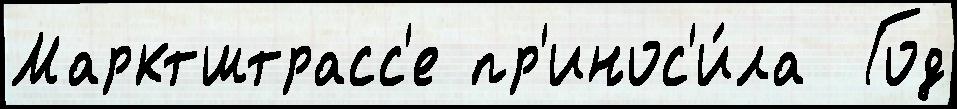
Марктштрасс'е пр'инос'и́ла  Год